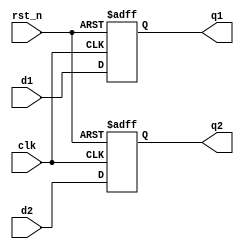
module synchronous_registers (
    input wire clk,          // Clock input
    input wire rst_n,       // Active-low reset input
    input wire [3:0] d1,    // Input data for register 1
    input wire [3:0] d2,    // Input data for register 2
    output reg [3:0] q1,     // Output data from register 1
    output reg [3:0] q2      // Output data from register 2
);

// Synchronous process using non-blocking assignments
always @(posedge clk or negedge rst_n) begin
    if (!rst_n) begin
        // Reset the registers
        q1 <= 4'b0000;
        q2 <= 4'b0000;
    end else begin
        // Update registers on clock edge
        q1 <= d1;  // Register 1 captures input d1
        q2 <= d2;  // Register 2 captures input d2
    end
end

endmodule